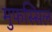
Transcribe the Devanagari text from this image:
मुफस्सिल